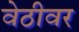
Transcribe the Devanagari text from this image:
वेठीवर